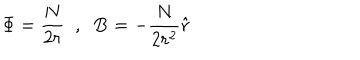
\Phi = \frac { N } { 2 r } \; \; , \; \; \mathbf { B } = - \frac { N } { 2 r ^ { 2 } } \hat { \mathbf { r } }